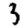
Digit: 3